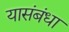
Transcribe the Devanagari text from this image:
यासंबंधा